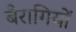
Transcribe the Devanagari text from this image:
बैरागियों